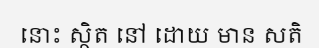
នោះ ស្ថិត នៅ ដោយ មាន សតិ